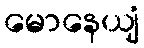
မောနေယျံ